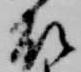
殿